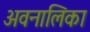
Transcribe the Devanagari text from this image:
अवनालिका